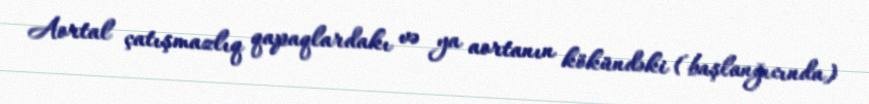
Aortal çatışmazlıq qapaqlardakı və ya aortanın kökündəki (başlanğıcında)